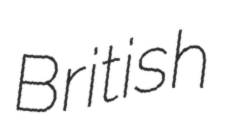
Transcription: British